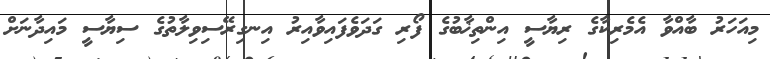
މިއަހަރު ބާއްވާ އެމެރިކާގެ ރިޔާސީ އިންތިޚާބުގެ ފޯރި ގަދަވެފައިވާއިރު އިނގިރޭސިވިލާތުގެ ސިޔާސީ މައިދާނަށް